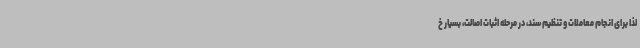
لذا برای انجام معاملات و تنظیم سند، در مرحله اثبات اصالت، بسیار خ